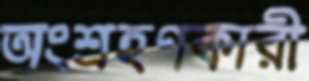
অংশ্রহণকারী